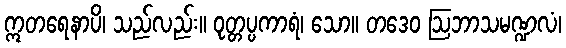
ဣတရေနာပိ၊ သည်လည်း။ ဝုတ္တပ္ပကာရံ၊ သော။ တဒေဝ ဩဘာသမဏ္ဍလံ၊